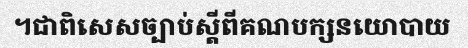
។ជាពិសេសច្បាប់ស្តីពីគណបក្សនយោបាយ